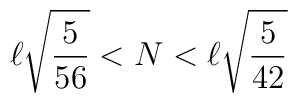
\ell \sqrt{\frac{5}{56}}<N<\ell \sqrt{\frac{5}{42}}